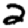
Digit: 2